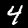
Label: 4